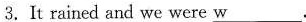
3.It rained and we were \underline{w}.